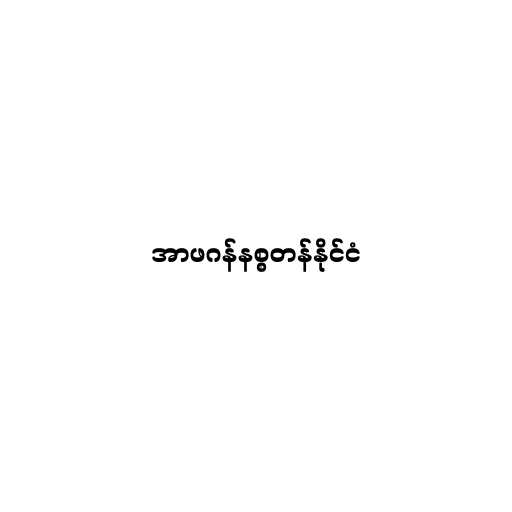
အာဖဂန်နစ္စတန်နိုင်ငံ